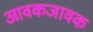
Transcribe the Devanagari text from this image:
आवकजावक